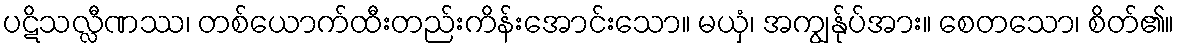
ပဋိသလ္လီဏဿ၊ တစ်ယောက်ထီးတည်းကိန်းအောင်းသော။ မယှံ၊ အကျွန်ုပ်အား။ စေတသော၊ စိတ်၏။